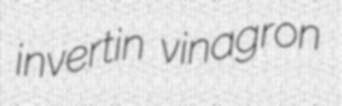
invertin vinagron